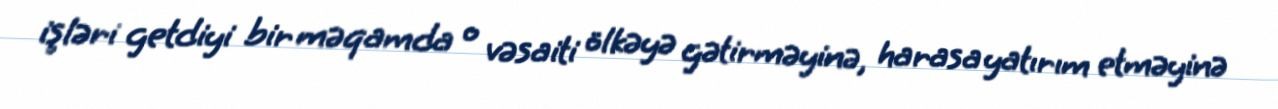
işləri getdiyi bir məqamda o vəsaiti ölkəyə gətirməyinə, harasa yatırım etməyinə